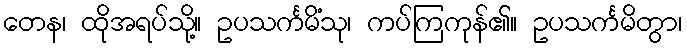
တေန၊ ထိုအရပ်သို့။ ဥပသင်္ကမိံသု၊ ကပ်ကြကုန်၏။ ဥပသင်္ကမိတွာ၊